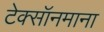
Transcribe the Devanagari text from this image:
टेक्सॉनमाना